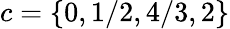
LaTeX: c=\lbrace 0,1/2,4/3,2\rbrace